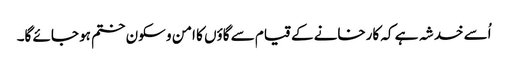
اُسے خدشہ ہے کہ کارخانے کے قیام سے گاؤں کا امن و سکون ختم ہو جائے گا۔